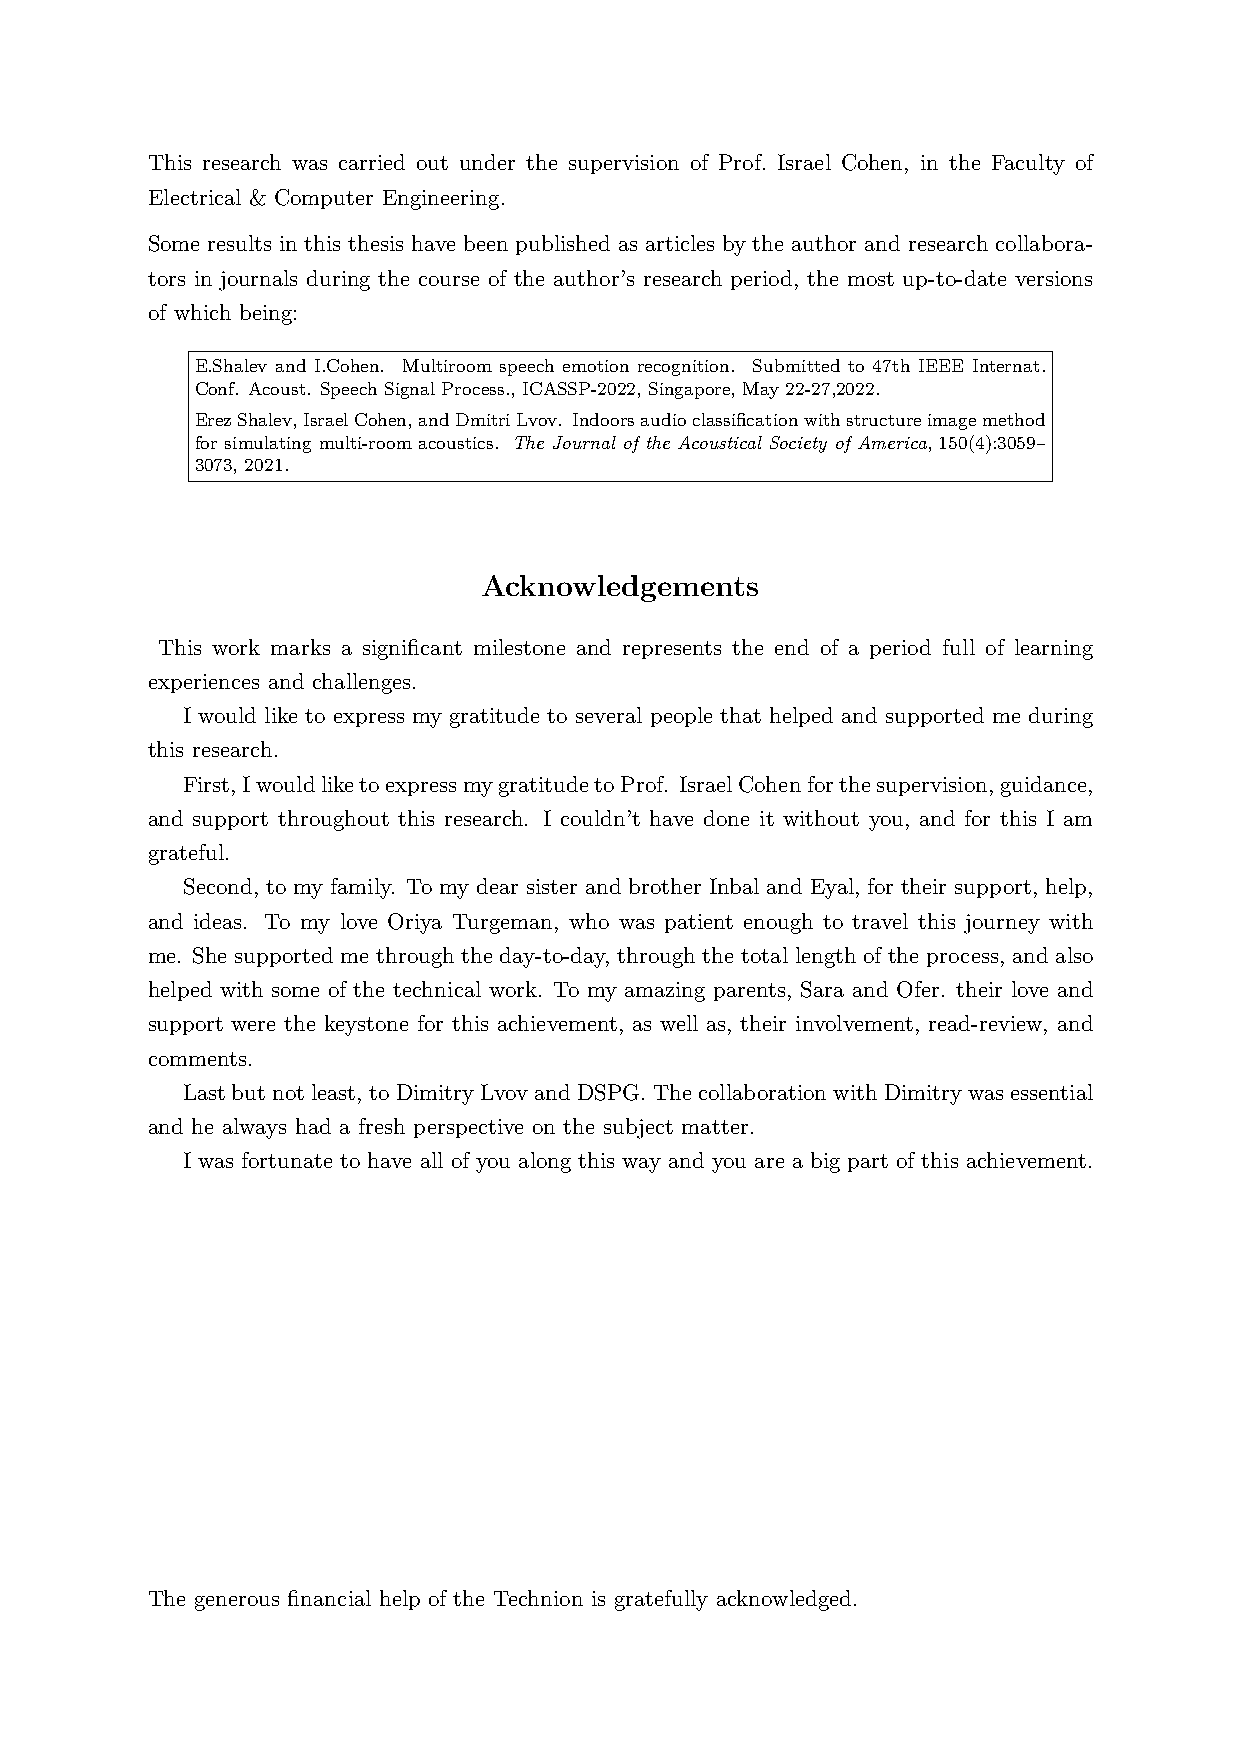
This research was carried out under the supervision of Prof. Israel Cohen, in the Faculty of
 Electrical & Computer Engineering.
 Some results in this thesis have been published as articles by the author and research collabora-
 tors in journals during the course of the author’s research period, the most up-to-date versions
 of which being:
 E.Shalev and I.Cohen. Multiroom speech emotion recognition. Submitted to 47th IEEE Internat.
 Conf. Acoust. Speech Signal Process., ICASSP-2022, Singapore, May 22-27,2022.
 ErezShalev,IsraelCohen,andDmitriLvov. Indoorsaudioclassificationwithstructureimagemethod
 for simulating multi-room acoustics. The Journal of the Acoustical Society of America, 150(4):3059–
 3073, 2021.
 Acknowledgements
 This work marks a significant milestone and represents the end of a period full of learning
 experiences and challenges.
 I would like to express my gratitude to several people that helped and supported me during
 this research.
 First,IwouldliketoexpressmygratitudetoProf. IsraelCohenforthesupervision,guidance,
 and support throughout this research. I couldn’t have done it without you, and for this I am
 grateful.
 Second, to my family. To my dear sister and brother Inbal and Eyal, for their support, help,
 and ideas. To my love Oriya Turgeman, who was patient enough to travel this journey with
 me. She supported me through the day-to-day, through the total length of the process, and also
 helped with some of the technical work. To my amazing parents, Sara and Ofer. their love and
 support were the keystone for this achievement, as well as, their involvement, read-review, and
 comments.
 Lastbutnotleast, toDimitryLvovandDSPG.ThecollaborationwithDimitrywasessential
 and he always had a fresh perspective on the subject matter.
 I was fortunate to have all of you along this way and you are a big part of this achievement.
 The generous financial help of the Technion is gratefully acknowledged.